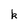
Character: k